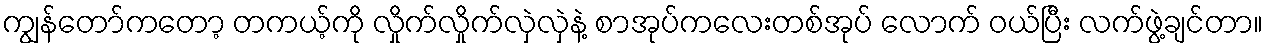
ကျွန်တော်ကတော့ တကယ့်ကို လှိုက်လှိုက်လှဲလှဲနဲ့ စာအုပ်ကလေးတစ်အုပ် လောက် ဝယ်ပြီး လက်ဖွဲ့ချင်တာ။